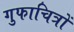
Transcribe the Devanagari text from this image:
गुफाचित्रों